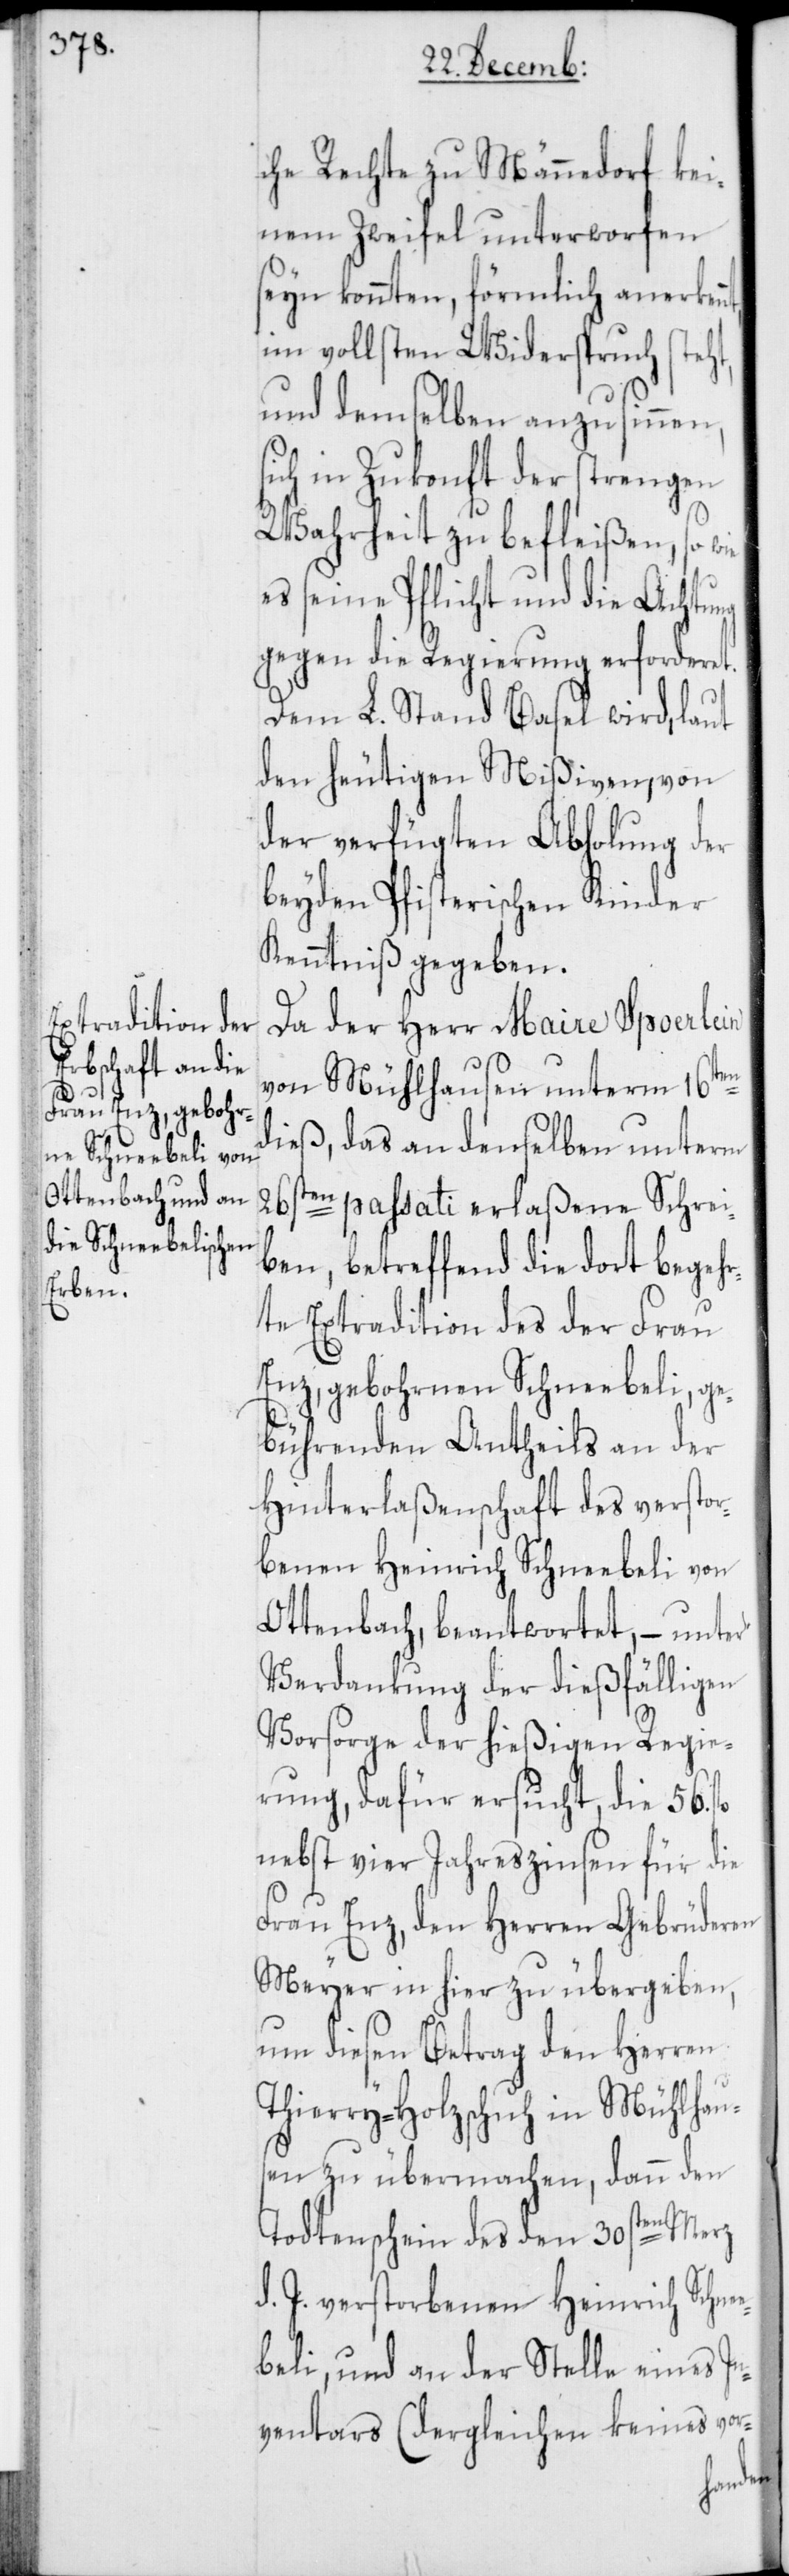
che Rechte zu Männedorf kei¬
nem Zweifel unterworfen
seyn konnten, förmlich anerken¬
im vollsten Widerspruch steht,
und demselben anzusinnen,
ch in Zukonft der strengen
Wahrheit zu befleißen, so wie
es seine Pflicht und die Achtung
gegen die Regierung erforderet.
Dem L. Stand Basel wird, laut
den heutigen Mißiven, von
der verfügten Abholung der
beyden Pfisterischen Kinder
Kenntniß gegeben.
Da der Herr Maire Spoerlein
von Mühlhausen unterm 16ten
dieß, das an denselben unterm
ten passati erlaßene Schrei¬
26s¬
ben, betreffend die dort begeh¬
rte Extradition des der Frau
Enz, gebohrnen Schneebeli, ge¬
bührenden Antheils an der
Hinterlaßenschaft des verstor¬
benen Heinrich Schneebeli von
Ottenbach, beantwortet, – unter
Verdankung der dießfälligen
Vorsorge der hießigen Regie¬
rung, dafür ersucht, die 56.
nebst vier Jahreszinsen für die
Frau Enz, den Herren Gebrüderen
Meyer in hier zu übergeben,
um diesen Betrag den Herren
Thierry-Holzschuh in Mühlhau¬
sen zu übermachen, dann den
Todtenschein des den 30sten Merz
d. J. verstorbenen Heinrich Schne¬
ebeli, und an der Stelle eines In¬
ventars (dergleichen keines vor-
si¬